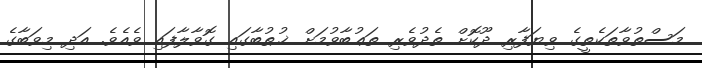
މަސްތުވާތަކެތީގެ ވިޔަފާރި ދޫކޮށް ތެދުވެރި ތަޢުބާވުމަށް ޚުޠުބާގައި ގޮވާލާފައި ވެއެވެ. އަދި މިވަބާގެ